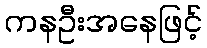
ကနဦးအနေဖြင့်